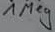
Text: 1 Meg